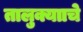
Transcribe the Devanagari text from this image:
तालुक्यााचे